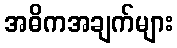
အဓိကအချက်များ